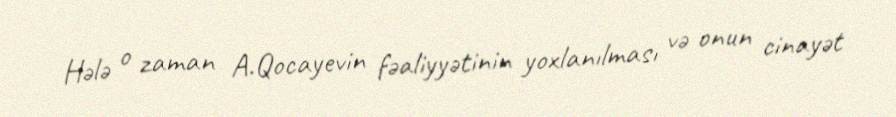
Hələ o zaman A.Qocayevin fəaliyyətinin yoxlanılması və onun cinayət